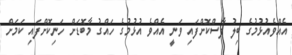
އެއްވެއުޅުމުގެ ބިލު ފާސްކޮށްފައި ވަނީ އެއްވެ އުޅުމުގެ ހައްގު މާބޮޑަށް ހަނިކޮށްފައި ކަމަށް